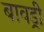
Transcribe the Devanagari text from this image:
बावड्री